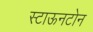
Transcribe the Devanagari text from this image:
स्टाऊनटोन